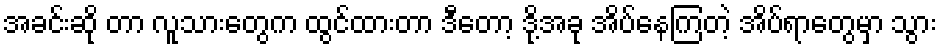
အခင်းဆို တာ လူသားတွေက ထွင်ထားတာ ဒီတော့ ဒို့အခု အိပ်နေကြတဲ့ အိပ်ရာတွေမှာ သွား